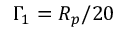
\Gamma _ { 1 } = R _ { p } / 2 0